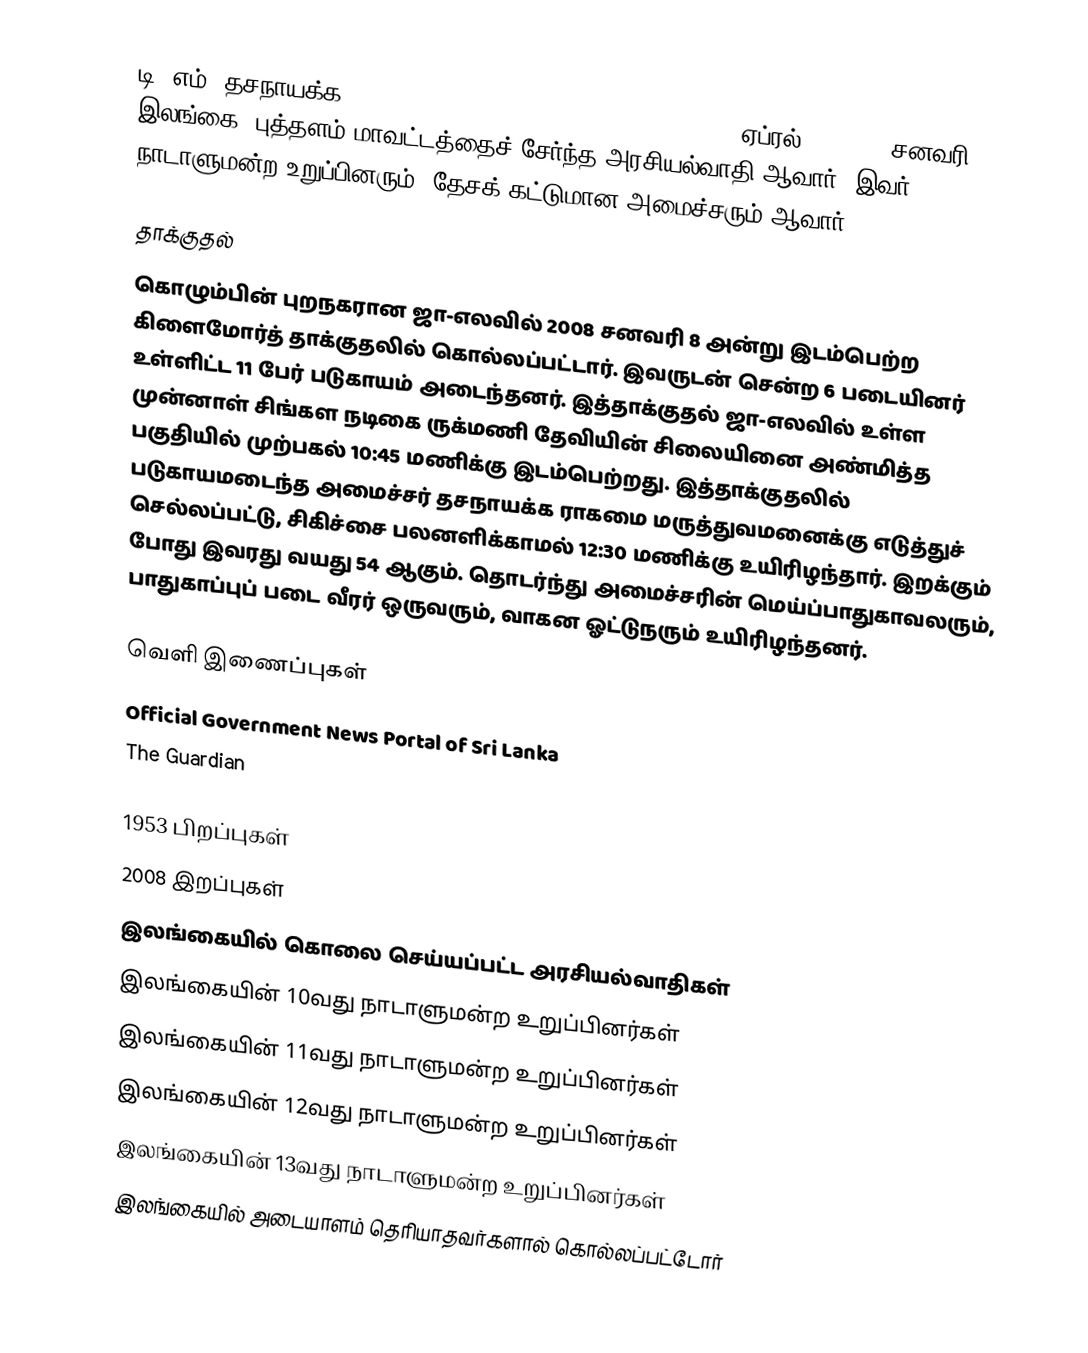
டி. எம். தசநாயக்க (Dassanayake Mudiyanselage Dassanayake, 29 ஏப்ரல் 1953 – 8 சனவரி 2008) இலங்கை, புத்தளம் மாவட்டத்தைச் சேர்ந்த அரசியல்வாதி ஆவார். இவர் நாடாளுமன்ற உறுப்பினரும், தேசக் கட்டுமான அமைச்சரும் ஆவார்.

தாக்குதல்
கொழும்பின் புறநகரான ஜா-எலவில் 2008 சனவரி 8 அன்று இடம்பெற்ற கிளைமோர்த் தாக்குதலில் கொல்லப்பட்டார். இவருடன் சென்ற 6 படையினர் உள்ளிட்ட 11 பேர் படுகாயம் அடைந்தனர். இத்தாக்குதல் ஜா-எலவில் உள்ள முன்னாள் சிங்கள நடிகை ருக்மணி தேவியின் சிலையினை அண்மித்த பகுதியில் முற்பகல் 10:45 மணிக்கு இடம்பெற்றது. இத்தாக்குதலில் படுகாயமடைந்த அமைச்சர் தசநாயக்க ராகமை மருத்துவமனைக்கு எடுத்துச் செல்லப்பட்டு, சிகிச்சை பலனளிக்காமல் 12:30 மணிக்கு உயிரிழந்தார். இறக்கும் போது இவரது வயது 54 ஆகும். தொடர்ந்து அமைச்சரின் மெய்ப்பாதுகாவலரும், பாதுகாப்புப் படை வீரர் ஒருவரும், வாகன ஓட்டுநரும் உயிரிழந்தனர்.

வெளி இணைப்புகள்
 Official Government News Portal of Sri Lanka
 The Guardian

1953 பிறப்புகள்
2008 இறப்புகள்
இலங்கையில் கொலை செய்யப்பட்ட அரசியல்வாதிகள்
இலங்கையின் 10வது நாடாளுமன்ற உறுப்பினர்கள்
இலங்கையின் 11வது நாடாளுமன்ற உறுப்பினர்கள்
இலங்கையின் 12வது நாடாளுமன்ற உறுப்பினர்கள்
இலங்கையின் 13வது நாடாளுமன்ற உறுப்பினர்கள்
இலங்கையில் அடையாளம் தெரியாதவர்களால் கொல்லப்பட்டோர்